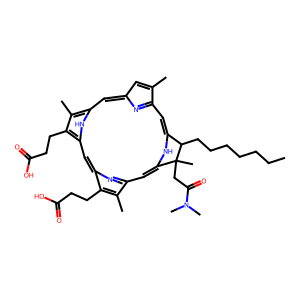
SMILES: CCCCCCCC1c2cc3nc(cc3C)cc3[nH]c(cc4nc(cc([nH]2)C1(C)CC(=O)N(C)C)c(C)c4CCC(=O)O)c(CCC(=O)O)c3C
Inhibits HIV replication: No